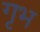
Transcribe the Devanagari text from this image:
गृभ